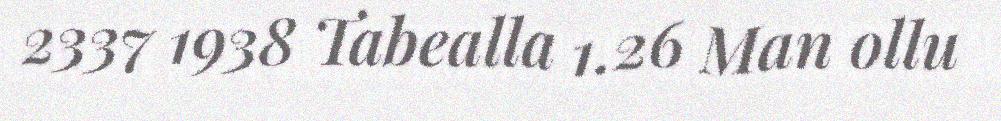
2337 1938 Tabealla 1.26 Man ollu